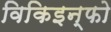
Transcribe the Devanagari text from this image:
विकिइन्फो